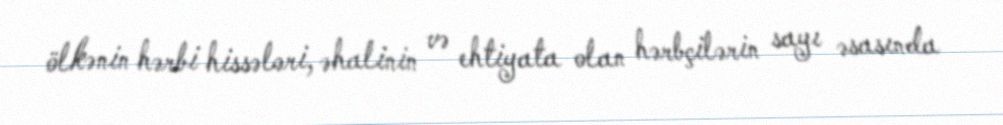
ölkənin hərbi hissələri, əhalinin və ehtiyata olan hərbçilərin sayı əsasında